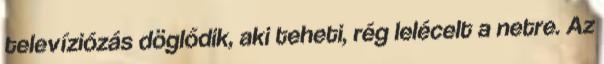
televíziózás döglődik, aki teheti, rég lelécelt a netre. Az